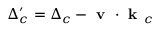
\Delta _ { c } ^ { \prime } = \Delta _ { c } - \textbf { v } \cdot { } \textbf { k } _ { c }